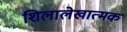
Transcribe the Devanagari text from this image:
शिलालेखात्‍मक